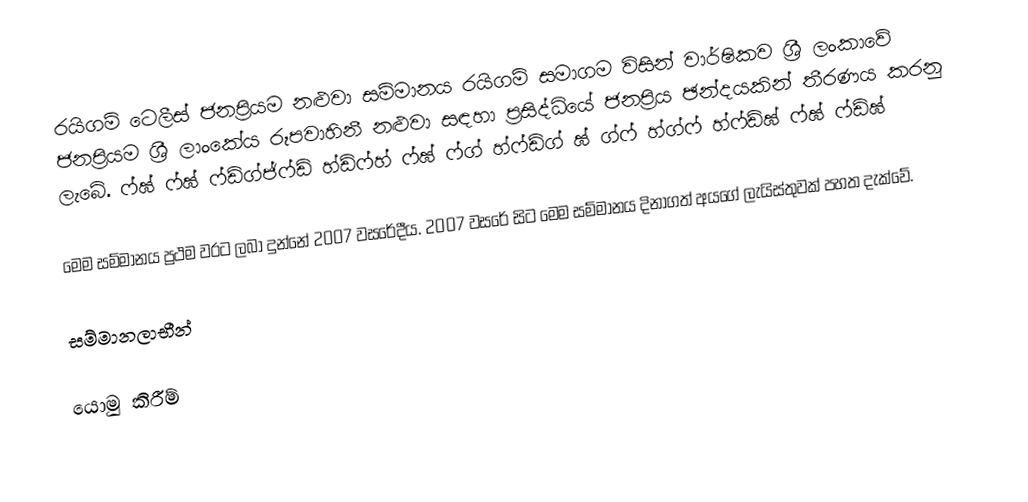
රයිගම් ටෙලීස් ජනප්‍රියම නළුවා සම්මානය රයිගම් සමාගම විසින් වාර්ෂිකව ශ්‍රී ලංකාවේ ජනප්‍රියම ශ්‍රී ලාංකේය රූපවාහිනී නළුවා සඳහා ප්‍රසිද්ධියේ ජනප්‍රිය ඡන්දයකින් තීරණය කරනු ලැබේ.  ෆ්ඝ් ෆ්ඝ් ෆ්ඩ්ග්ජ්ෆ්ඩ් හ්ඩ්ෆ්හ් ෆ්ඝ් ෆ්ග් හ්ෆ්ඩ්ග් ඝ් ග්ෆ් හ්ග්ෆ් හ්ෆ්ඩ්ඝ් ෆ්ඝ් ෆ්ඩ්ඝ්

මෙම සම්මානය ප්‍රථම වරට ලබා දුන්නේ 2007 වසරේදීය. 2007 වසරේ සිට මෙම සම්මානය දිනාගත් අයගේ ලැයිස්තුවක් පහත දැක්වේ.

සම්මානලාභීන්

යොමු කිරීම්